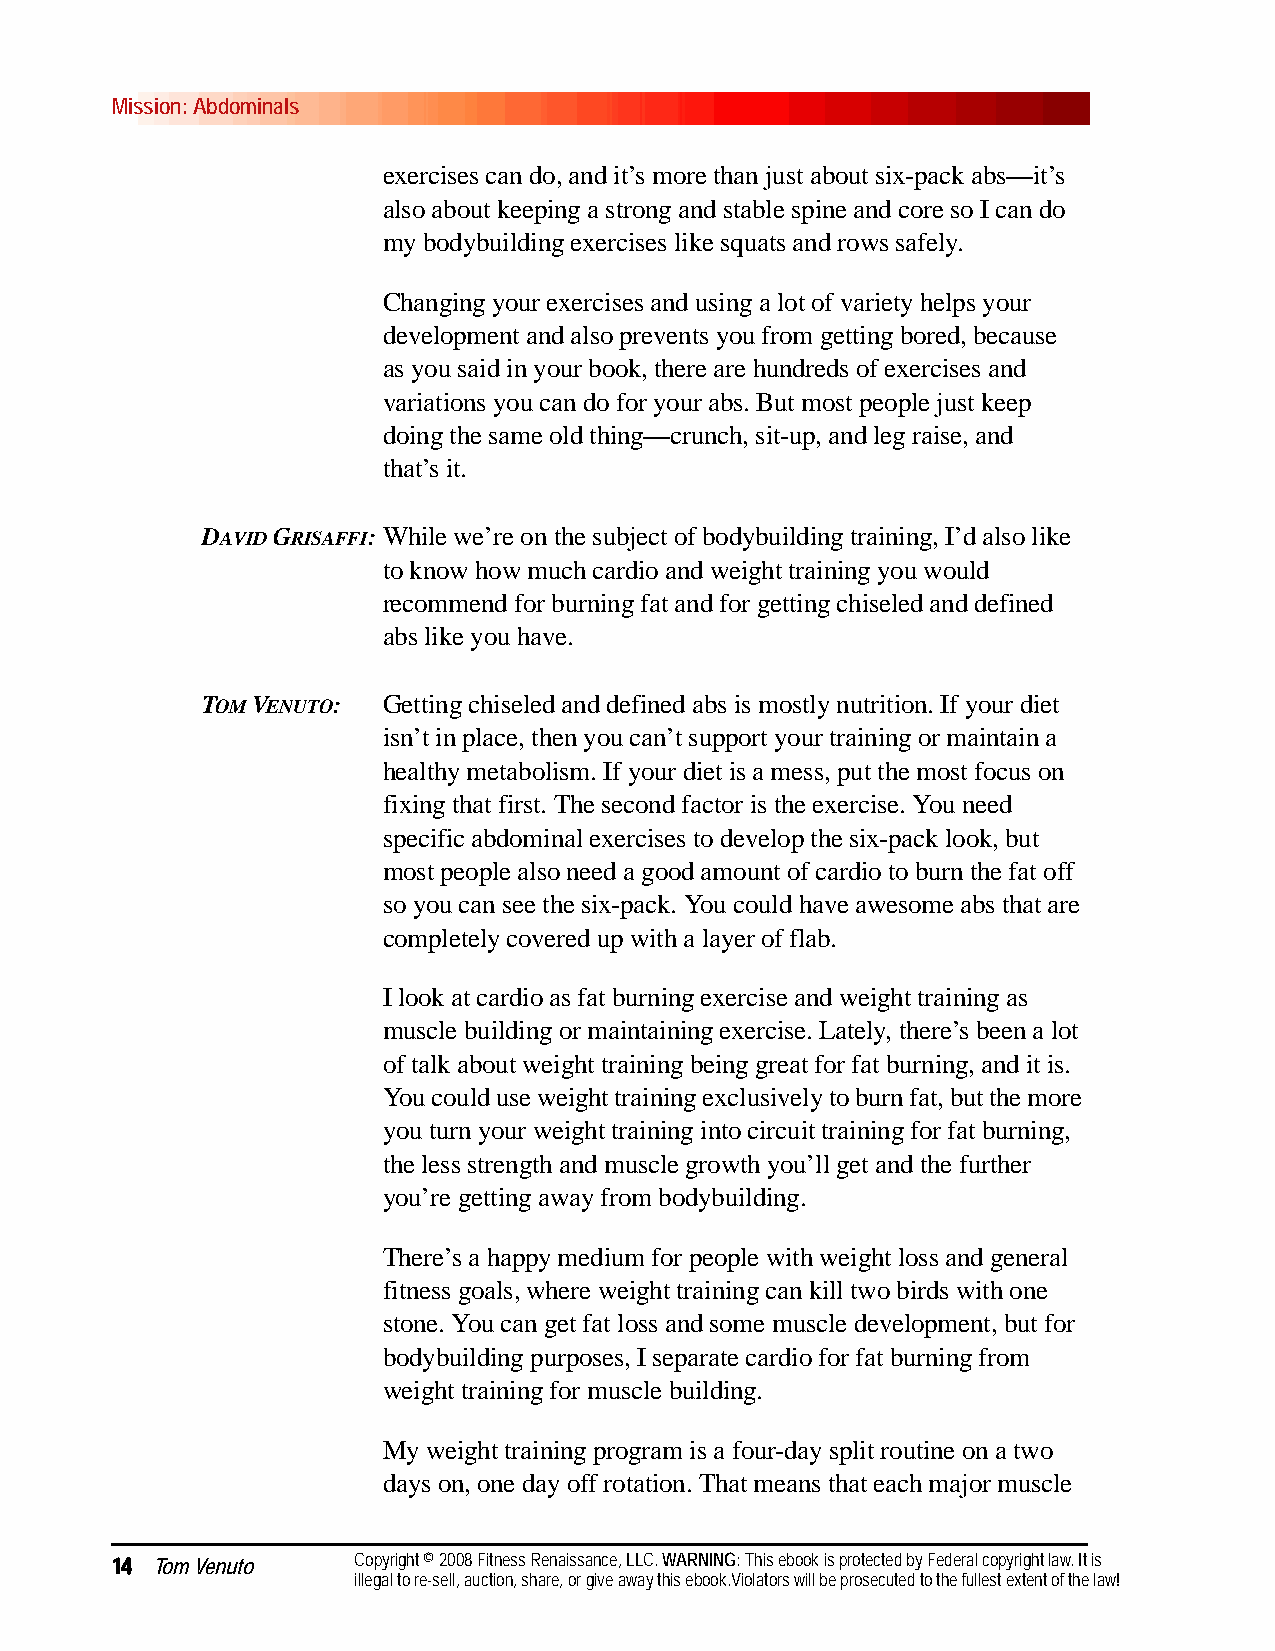
Mission: Abdominals
 exercises can do, and it’s more than just about six-pack abs—it’s
 also about keeping a strong and stable spine and core so I can do
 my bodybuilding exercises like squats and rows safely.
 Changing your exercises and using a lot of variety helps your
 development and also prevents you from getting bored, because
 as you said in your book, there are hundreds of exercises and
 variations you can do for your abs. But most people just keep
 doing the same old thing—crunch, sit-up, and leg raise, and
 that’s it.
 DAVID GRISAFFI:While we’re on the subject of bodybuilding training, I’d also like
 to know how much cardio and weight training you would
 recommend for burning fat and for getting chiseled and defined
 abs like you have.
 TOM VENUTO: Getting chiseled and defined abs is mostly nutrition. If your diet
 isn’t in place, then you can’t support your training or maintain a
 healthy metabolism. If your diet is a mess, put the most focus on
 fixing that first. The second factor is the exercise. You need
 specific abdominal exercises to develop the six-pack look, but
 most people also need a good amount of cardio to burn the fat off
 so you can see the six-pack. You could have awesome abs that are
 completely covered up with a layer of flab.
 I look at cardio as fat burning exercise and weight training as
 muscle building or maintaining exercise. Lately, there’s been a lot
 of talk about weight training being great for fat burning, and it is.
 You could use weight training exclusively to burn fat, but the more
 you turn your weight training into circuit training for fat burning,
 the less strength and muscle growth you’ll get and the further
 you’re getting away from bodybuilding.
 There’s a happy medium for people with weight loss and general
 fitness goals, where weight training can kill two birds with one
 stone. You can get fat loss and some muscle development, but for
 bodybuilding purposes, I separate cardio for fat burning from
 weight training for muscle building.
 My weight training program is a four-day split routine on a two
 days on, one day off rotation. That means that each major muscle
 14 Tom Venuto   Copyright © 2008 Fitness Renaissance, LLC. WARNING: This ebook is protected by Federal copyright law. It is
 illegal to re-sell, auction, share, or give away this ebook.Violators will be prosecuted to the fullest extent of the law!